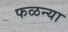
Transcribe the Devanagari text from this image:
फळन्या